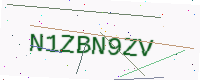
Text: N1ZBN9ZV